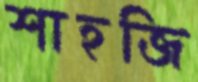
শাহজি